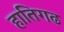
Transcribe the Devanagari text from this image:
हातिगढ